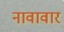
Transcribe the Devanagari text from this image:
नावावार